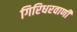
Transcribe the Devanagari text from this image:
गिरिधरवाणी